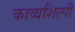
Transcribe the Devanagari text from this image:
काव्यशिल्पी